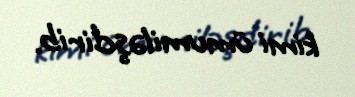
kimi ümumiləşdirib.